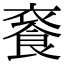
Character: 𩛚